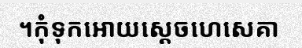
។កុំទុកអោយស្តេចហេសេគា